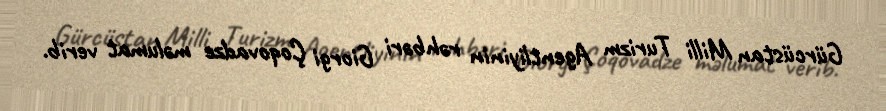
Gürcüstan Milli Turizm Agentliyinin rəhbəri Giorgi Çoqovadze məlumat verib.